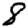
Digit: 8